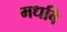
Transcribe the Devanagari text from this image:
मधवि